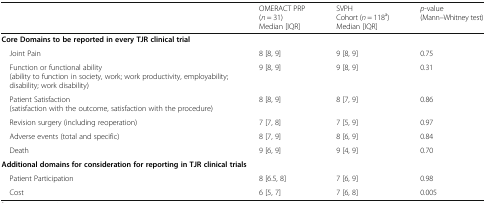
<table><thead><tr><td></td><td><b>OMERACT PRP (<i>n</i> = 31)Median [IQR]</b></td><td><b>SVPH Cohort (<i>n</i> = 118<sup>a</sup>)Median [IQR]</b></td><td><b><i>p</i>-value (Mann–Whitney test)</b></td></tr></thead><tbody><tr><td colspan="4"><b>Core Domains to be reported in every TJR clinical trial</b></td></tr><tr><td> Joint Pain</td><td>8 [8, 9]</td><td>9 [8, 9]</td><td>0.75</td></tr><tr><td> Function or functional ability (ability to function in society, work; work productivity, employability; disability; work disability)</td><td>9 [8, 9]</td><td>9 [8, 9]</td><td>0.31</td></tr><tr><td> Patient Satisfaction (satisfaction with the outcome, satisfaction with the procedure)</td><td>8 [8, 9]</td><td>8 [7, 9]</td><td>0.86</td></tr><tr><td> Revision surgery (including reoperation)</td><td>7 [7, 8]</td><td>7 [5, 9]</td><td>0.97</td></tr><tr><td> Adverse events (total and specific)</td><td>8 [7, 9]</td><td>8 [6, 9]</td><td>0.84</td></tr><tr><td> Death</td><td>9 [6, 9]</td><td>9 [4, 9]</td><td>0.70</td></tr><tr><td colspan="4"><b>Additional domains for consideration for reporting in TJR clinical trials</b></td></tr><tr><td> Patient Participation</td><td>8 [6.5, 8]</td><td>7 [6, 9]</td><td>0.98</td></tr><tr><td> Cost</td><td>6 [5, 7]</td><td>7 [6, 8]</td><td>0.005</td></tr></tbody></table>